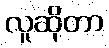
လူဆိုတာ